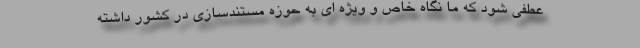
عطفی شود که ما نگاه خاص و ویژه ای به حوزه مستندسازی در کشور داشته